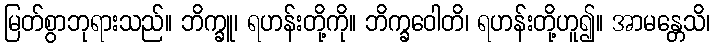
မြတ်စွာဘုရားသည်။ ဘိက္ခူ၊ ရဟန်းတို့ကို။ ဘိက္ခဝေါတိ၊ ရဟန်းတို့ဟူ၍။ အာမန္တေသိ၊